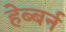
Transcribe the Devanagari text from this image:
हेब्बर्न